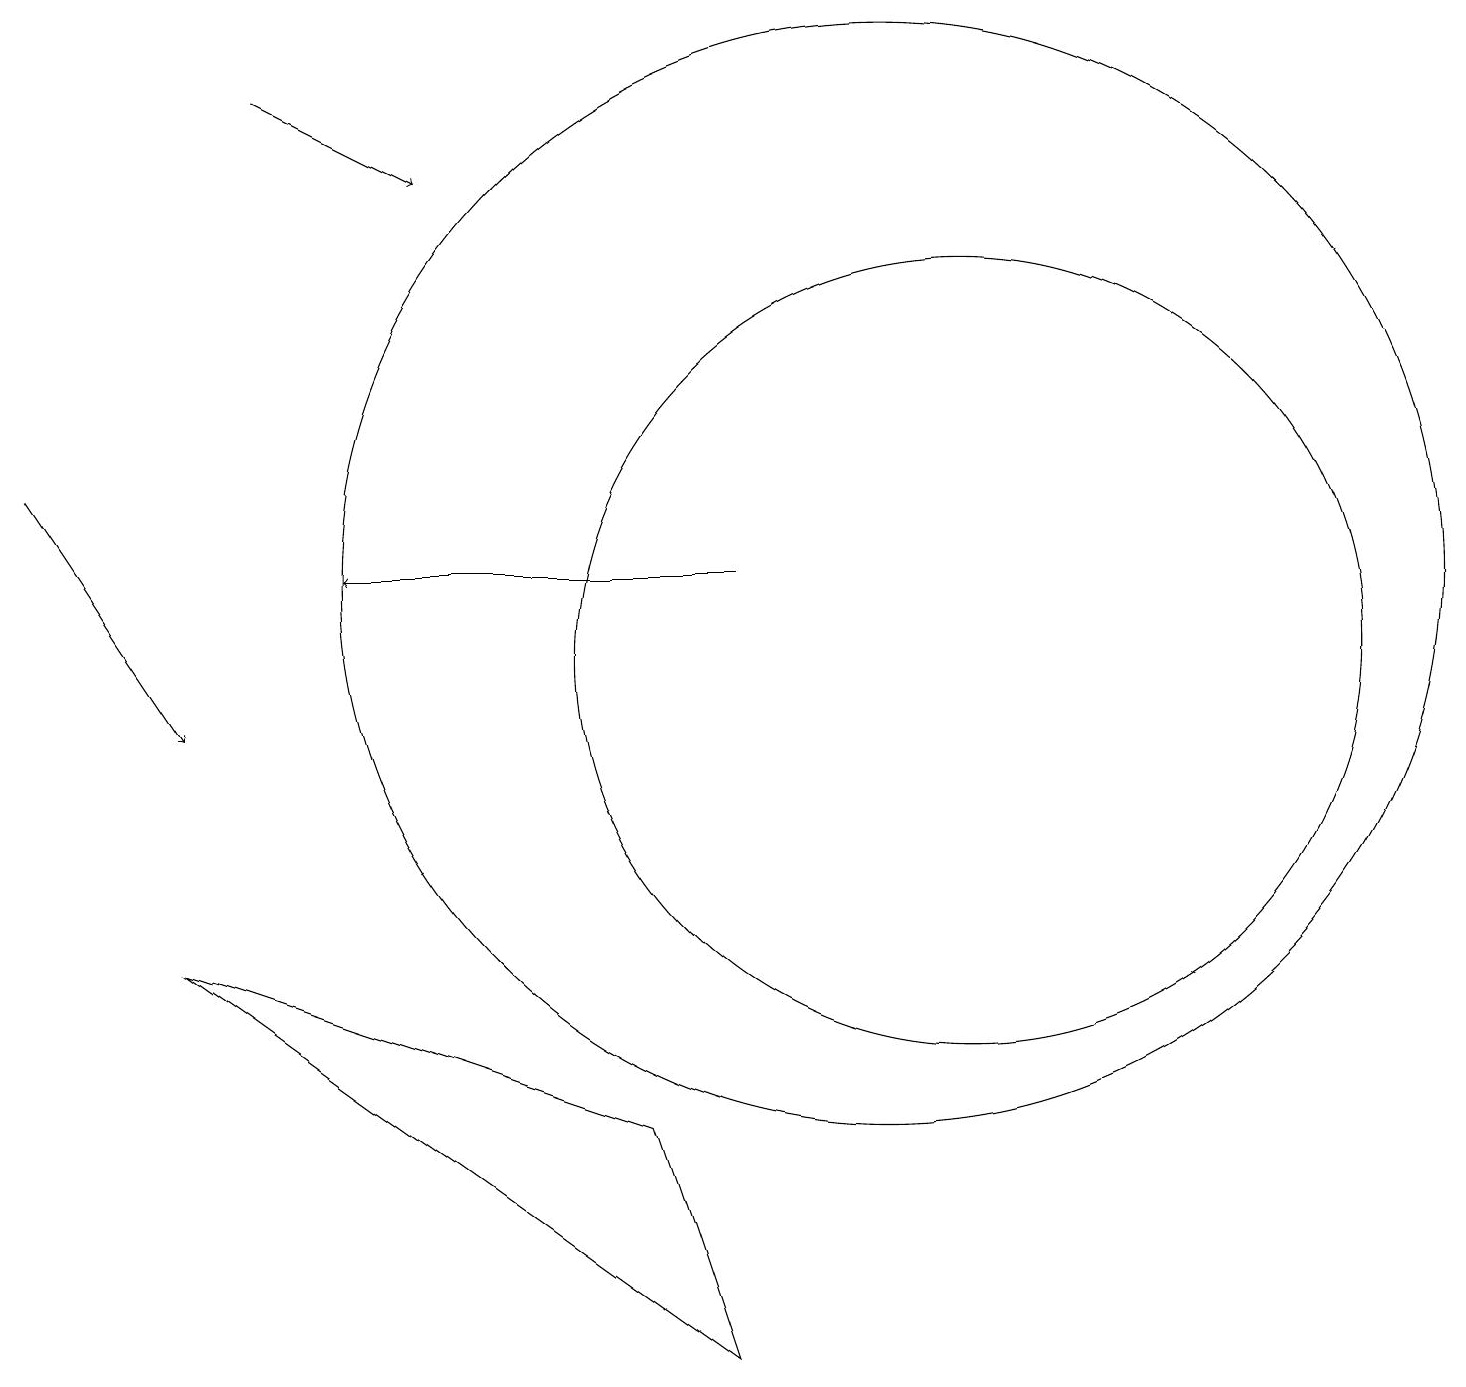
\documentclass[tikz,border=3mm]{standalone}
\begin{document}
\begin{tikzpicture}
\draw (11,12) circle (7);
\draw (9,2) -- (2,7) -- (8,5) -- cycle;
\draw[->] (9,12) -- (4,12);
\draw[->] (3,18) -- (5,17);
\draw[->] (0,13) -- (2,10);
\draw (12,11) circle (5);
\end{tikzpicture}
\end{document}